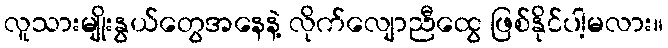
လူသားမျိုးနွယ်တွေအနေနဲ့ လိုက်လျောညီထွေ ဖြစ်နိုင်ပါ့မလား။